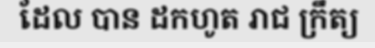
ដែល បាន ដកហូត រាជ ក្រឹត្យ